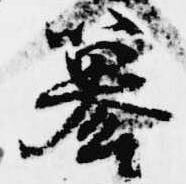
簒